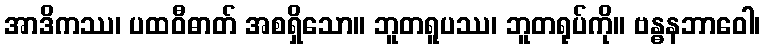
အာဒိကဿ၊ ပထဝီဓာတ် အစရှိသော။ ဘူတရူပဿ၊ ဘူတရုပ်ကို။ ဗန္ဓနဘာဝေါ၊